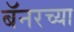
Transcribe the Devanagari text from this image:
बॅनरच्या